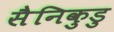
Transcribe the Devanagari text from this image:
सैनिकुडु